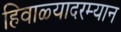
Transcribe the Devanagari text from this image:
हिवाळ्यादरम्यान